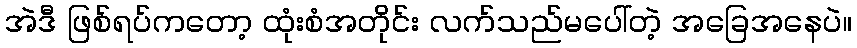
အဲဒီ ဖြစ်ရပ်ကတော့ ထုံးစံအတိုင်း လက်သည်မပေါ်တဲ့ အခြေအနေပဲ။